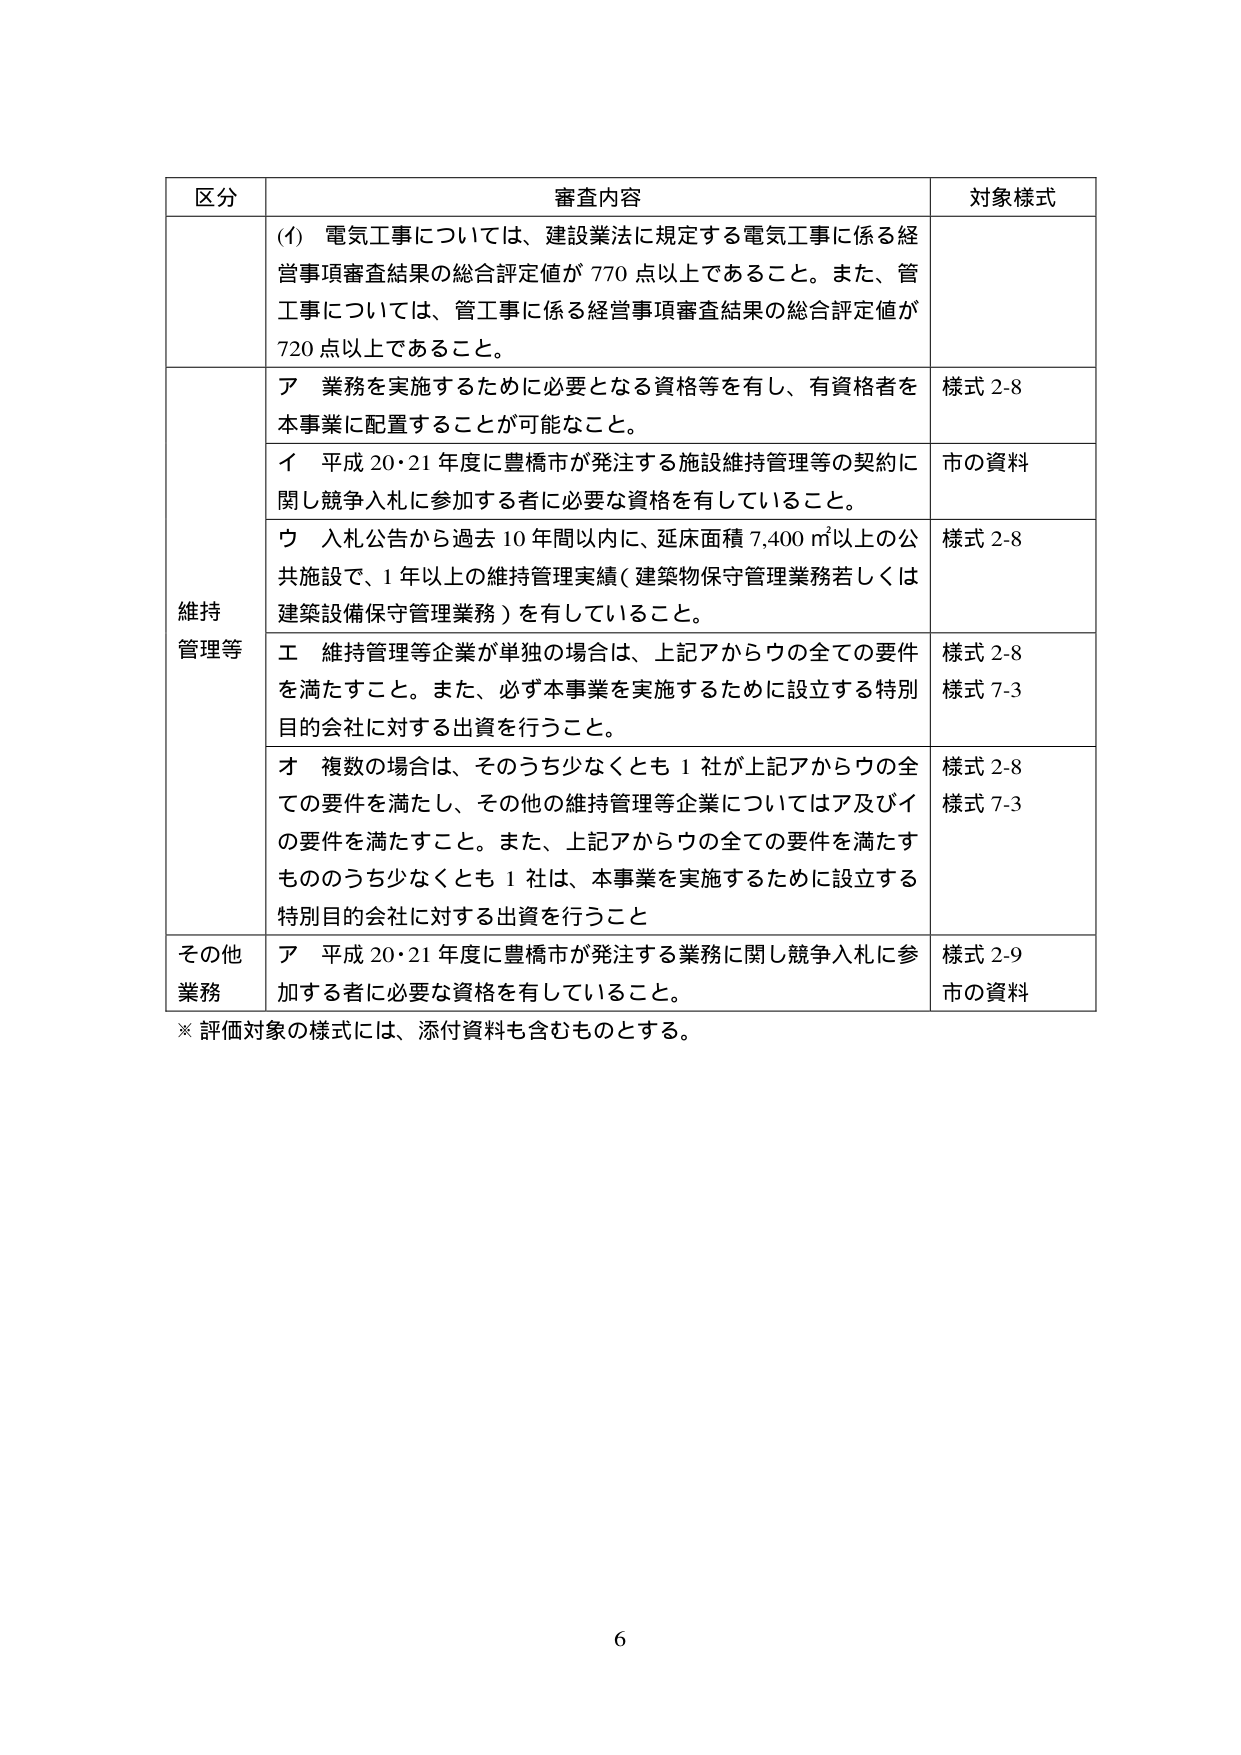
区分 審査内容 対象様式
(ｲ) 電気工事については、建設業法に規定する電気工事に係る経営事項審査結果の総合評定値が 770 点以上であること。また、管工事については、管工事に係る経営事項審査結果の総合評定値が 720 点以上であること。
維持管理等 ア 業務を実施するために必要となる資格等を有し、有資格者を本事業に配置することが可能なこと。 様式 2-8
イ 平成 20・21 年度に豊橋市が発注する施設維持管理等の契約に関し競争入札に参加する者に必要な資格を有していること。 市の資料
ウ 入札公告から過去 10 年間以内に、延床面積 7,400 ㎡以上の公共施設で、1 年以上の維持管理実績（建築物保守管理業務若しくは建築設備保守管理業務）を有していること。 様式 2-8
エ 維持管理等企業が単独の場合は、上記アからウの全ての要件を満たすこと。また、必ず本事業を実施するために設立する特別目的会社に対する出資を行うこと。 様式 2-8 様式 7-3
オ 複数の場合は、そのうち少なくとも 1 社が上記アからウの全ての要件を満たし、その他の維持管理等企業についてはア及びイの要件を満たすこと。また、上記アからウの全ての要件を満たすもののうち少なくとも 1 社は、本事業を実施するために設立する特別目的会社に対する出資を行うこと 様式 2-8 様式 7-3
その他業務 ア 平成 20・21 年度に豊橋市が発注する業務に関し競争入札に参加する者に必要な資格を有していること。 様式 2-9 市の資料
※ 評価対象の様式には、添付資料も含むものとする。
6